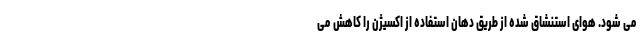
می شود. هوای استنشاق شده از طریق دهان استفاده از اکسیژن را کاهش می